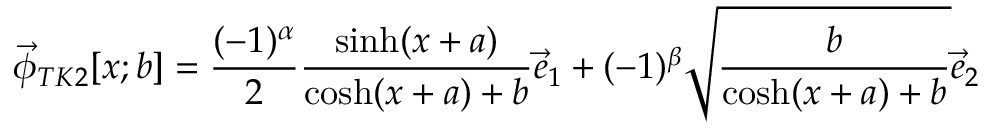
\vec { \phi } _ { T K 2 } [ x ; b ] = \frac { ( - 1 ) ^ { \alpha } } { 2 } \frac { \sinh ( x + a ) } { \cosh ( x + a ) + b } \vec { e } _ { 1 } + ( - 1 ) ^ { \beta } \sqrt { \frac { b } { \cosh ( x + a ) + b } } \vec { e } _ { 2 }